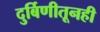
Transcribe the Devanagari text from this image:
दुर्बिणीतूनही